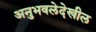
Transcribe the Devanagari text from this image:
अनुभवलेदेखील